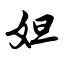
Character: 妲